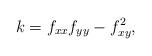
LaTeX: \begin{align*}k=f_{xx}f_{yy}- f_{xy}^2,\end{align*}